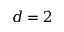
d = 2